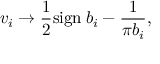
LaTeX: v _ { i } \to \frac { 1 } { 2 } \mathrm { s i g n } \: b _ { i } - \frac { 1 } { \pi b _ { i } } ,